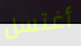
أغتسل